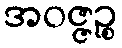
အဝဇ္ဇဉ္စ